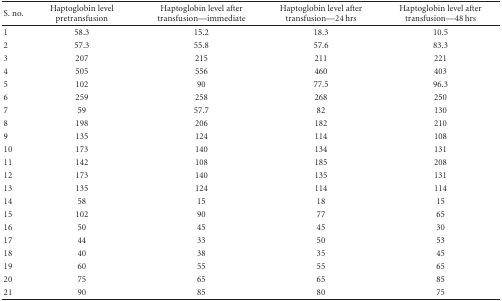
<table><thead><tr><td><b>S. no.</b></td><td><b>Haptoglobin level pretransfusion</b></td><td><b>Haptoglobin level after transfusion—immediate</b></td><td><b>Haptoglobin level after transfusion—24 hrs</b></td><td><b>Haptoglobin level after transfusion—48 hrs</b></td></tr></thead><tbody><tr><td>1</td><td>58.3</td><td>15.2</td><td>18.3</td><td>10.5</td></tr><tr><td>2</td><td>57.3</td><td>55.8</td><td>57.6</td><td>83.3</td></tr><tr><td>3</td><td>207</td><td>215</td><td>211</td><td>221</td></tr><tr><td>4</td><td>505</td><td>556</td><td>460</td><td>403</td></tr><tr><td>5</td><td>102</td><td>90</td><td>77.5</td><td>96.3</td></tr><tr><td>6</td><td>259</td><td>258</td><td>268</td><td>250</td></tr><tr><td>7</td><td>59</td><td>57.7</td><td>82</td><td>130</td></tr><tr><td>8</td><td>198</td><td>206</td><td>182</td><td>210</td></tr><tr><td>9</td><td>135</td><td>124</td><td>114</td><td>108</td></tr><tr><td>10</td><td>173</td><td>140</td><td>134</td><td>131</td></tr><tr><td>11</td><td>142</td><td>108</td><td>185</td><td>208</td></tr><tr><td>12</td><td>173</td><td>140</td><td>135</td><td>131</td></tr><tr><td>13</td><td>135</td><td>124</td><td>114</td><td>114</td></tr><tr><td>14</td><td>58</td><td>15</td><td>18</td><td>15</td></tr><tr><td>15</td><td>102</td><td>90</td><td>77</td><td>65</td></tr><tr><td>16</td><td>50</td><td>45</td><td>45</td><td>30</td></tr><tr><td>17</td><td>44</td><td>33</td><td>50</td><td>53</td></tr><tr><td>18</td><td>40</td><td>38</td><td>35</td><td>45</td></tr><tr><td>19</td><td>60</td><td>55</td><td>55</td><td>65</td></tr><tr><td>20</td><td>75</td><td>65</td><td>65</td><td>85</td></tr><tr><td>21</td><td>90</td><td>85</td><td>80</td><td>75</td></tr></tbody></table>